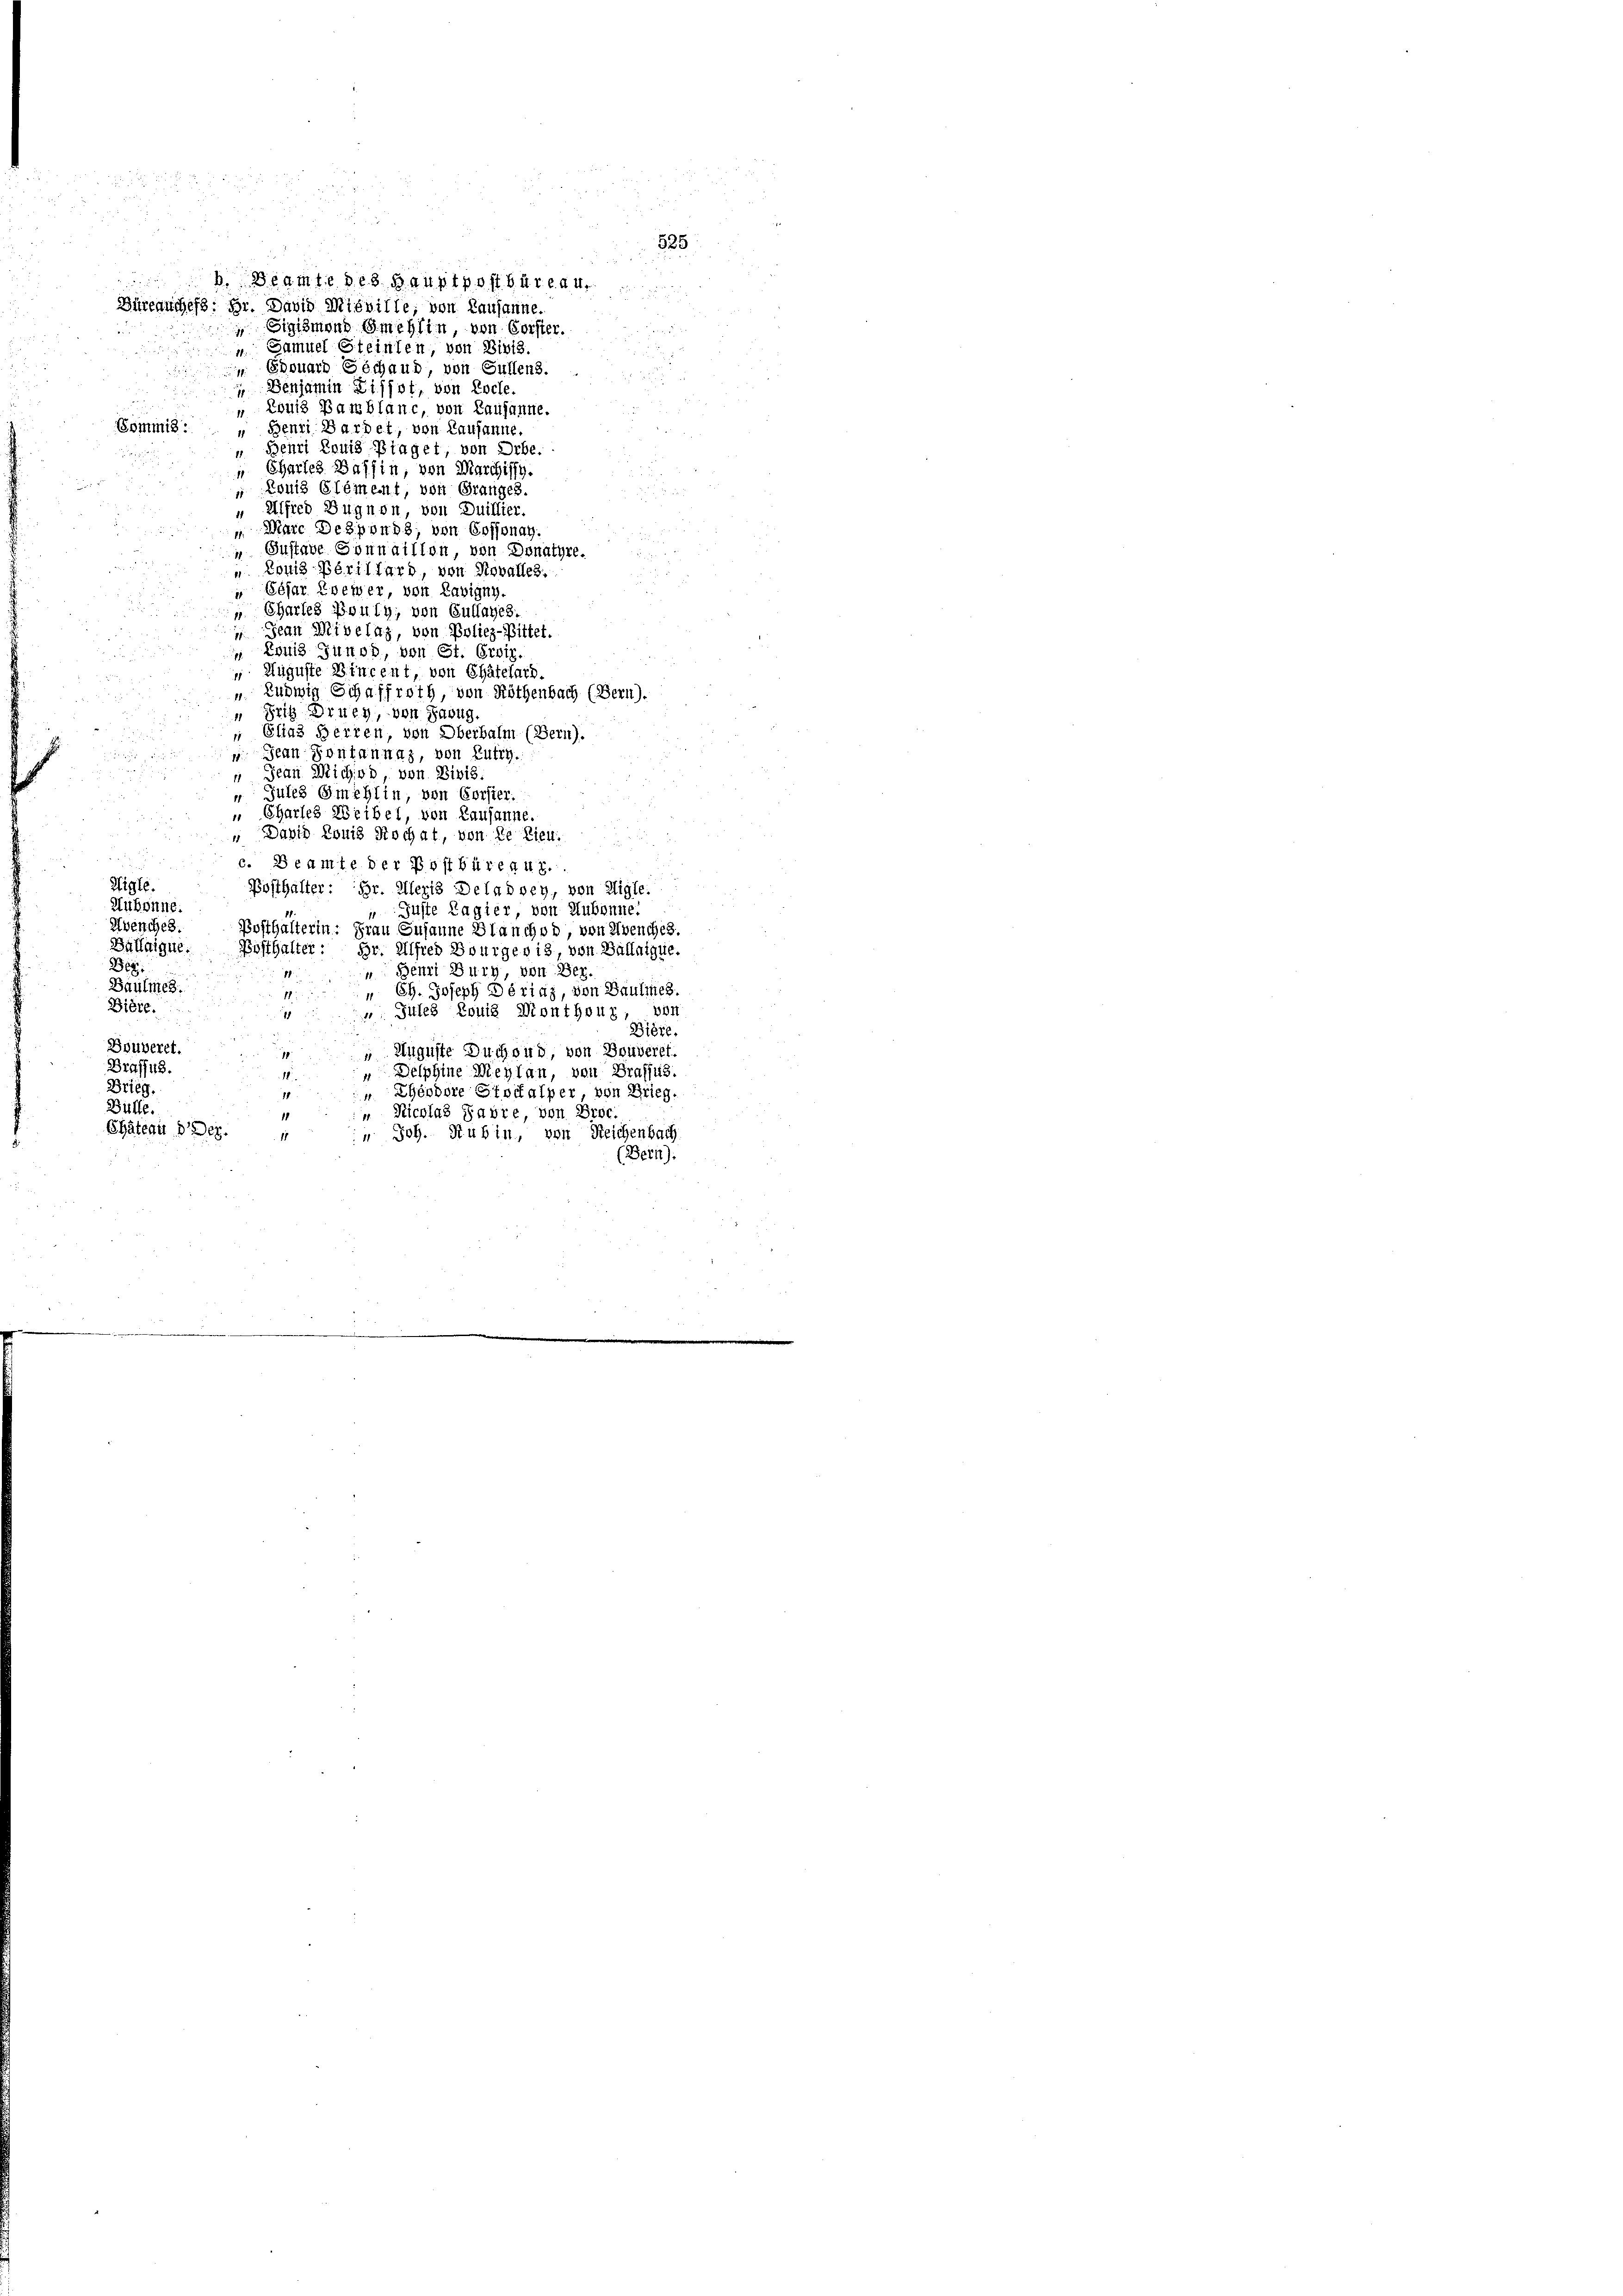
Büreauches: Hr. David Misville; von Lausanne.
 Edouard Géchaud, von Sullen.
 Denjamin Lissot, von Loche
 Louis Bamblanc, von Lausanne.
Commis: „Benri Bardet, von Lausanne.
Benri Louis Plaget von Orbe.
" Chartes Baffin, von Marchissy.
 Louis Element, von Granges.
" Alfred Bugnen, von Duillier.
Marc Desponds, von Cossonay.
11
 Instabe Sonnaillon von Donatyre.
". Louis-Perillard, von Revalles.
 Cesar zweier, von Lavigny
Chartes Bouty; von Auflages.
 Jean Nivelaz, von Poliez-Bittet.
 Louis Junod, von St. Orviz.
 Auguste Vincent, von Chätelard.
 Ludwig Schaffroth von Röthenbach (Bern).
“ Fritz Druey, von Sabug
 Elias Herren, von Oberbalm (Bern).
 Jean Pontannaz, von Lutry.
 Jean Michod, von Divis:
 Gutes Gmehlin, von Corster.
" Charles Weibel, von Lausanne.
" David Louis Rochat, von de lieu.
c. Beamte der Postbüreau.
Wigle.
Posthalter Hr. Alleris Deladoey, von Aigle.
Aubonne.
 Guste Lagier, von Hubonne.
Zwenches.
Posthalterin: Frau Susanne Blanchod, von Avenches.
Ballaique.
Posthalter: Hr. Alfred Bourgeois von Ballnique.
Deg
 Benzi Burg, von Dez.
1
Saulmes.
" Ch. Joseph Dériaz, von Baumes.
1
Biete.
 Siles Louis Monthont, von
1
Dière.
Bruberet.
 Auguste Buchend, von Bouveret.
Braffus.
" Delphine Meytan, von Grafsus.
18
Drieg.
 Theodore Stoitalper, von Grieg.
14
Bülle.
: Nicolas Jahre, von Broc.
Chätenu dDey.
: Joh. Rubin, von Reichenbach
11
(Bern).

b. Beamte des Hauptpost bis 44
Sigismann Smehlin, von Forster.
 Samuel Steinten, von Divis.

525